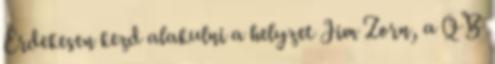
Érdekesen kezd alakulni a helyzet Jim Zorn, a QB